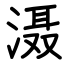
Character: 滠